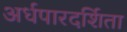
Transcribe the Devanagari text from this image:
अर्धपारदर्शिता